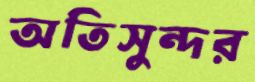
অতিসুন্দর